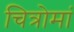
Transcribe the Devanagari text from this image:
चित्रोमां